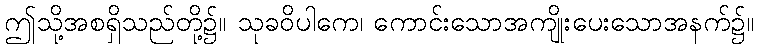
ဤသို့အစရှိသည်တို့၌။ သုခဝိပါကေ၊ ကောင်းသောအကျိုးပေးသောအနက်၌။